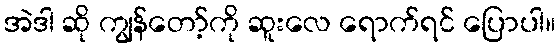
အဲဒါ ဆို ကျွန်တော့်ကို ဆူးလေ ရောက်ရင် ပြောပါ။